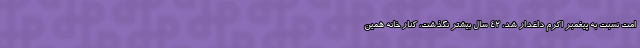
امت نسبت به پیغمبر اکرم داغدار شد، 42 سال بیشتر نگذشت، کنار خانه همین